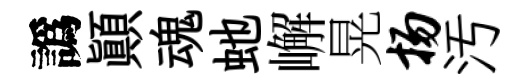
譌顛魂虵嶰晃扬汚